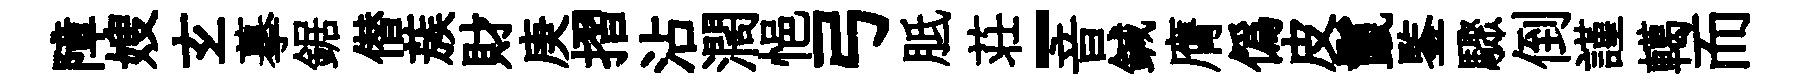
障嫂𤣥摹鋸僣蔟財庚摺沾濶悒弓胝荘-音鍼膺偽皮鬣鍳驟倒謹轕而